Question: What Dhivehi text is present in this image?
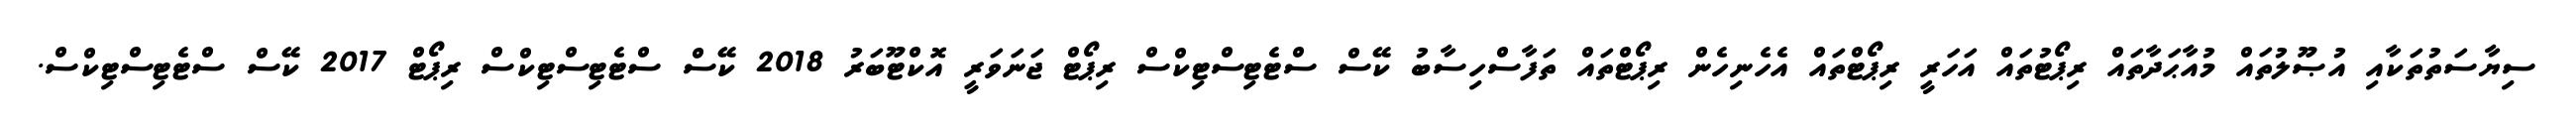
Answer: ސިޔާސަތުތަކާއި އުޞޫލުތައް މުއާޙަދާތައް ރިޕޯޓުތައް އަހަރީ ރިޕޯޓްތައް އެހެނިހެން ރިޕޯޓްތައް ތަފާސްހިސާބު ކޭސް ސްޓެޓިސްޓިކްސް ރިޕޯޓް ޖަނަވަރީ އޮކްޓޫބަރު 2018 ކޭސް ސްޓެޓިސްޓިކްސް ރިޕޯޓް 2017 ކޭސް ސްޓެޓިސްޓިކްސް.